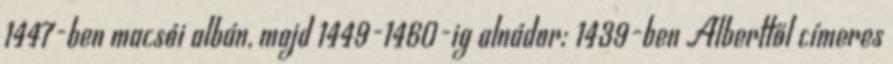
1447-ben macsói albán, majd 1449-1460-ig alnádor; 1439-ben Alberttől címeres